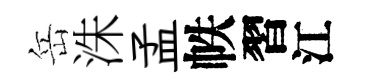
岳洙孟帙習江